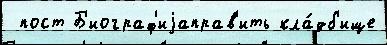
 пост Б'иограф'иjаправ'ить кла́дб'ище